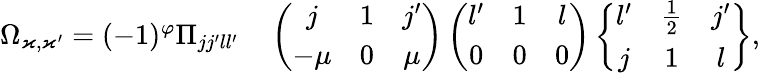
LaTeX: \begin{array}{rl}{\Omega_{\varkappa,\varkappa^{\prime}}=(-1)^{\varphi}\Pi_{jj^{\prime}ll^{\prime}}}&{{}\left(\begin{array}{ccc}{j}&{1}&{j^{\prime}}\\ {-\mu}&{0}&{\mu}\end{array}\right)\left(\begin{array}{ccc}{l^{\prime}}&{1}&{l}\\ {0}&{0}&{0}\end{array}\right)\left\{ \begin{array}{ccc}{l^{\prime}}&{\frac 12}&{j^{\prime}}\\ {j}&{1}&{l}\end{array}\right\} ,}\end{array}